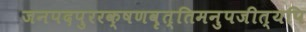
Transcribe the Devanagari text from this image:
जनपदपुररक्षणवृत्तिमनुपजीत्यपि